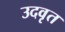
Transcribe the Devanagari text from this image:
उदवृत